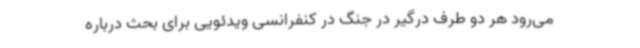
می‌رود هر دو طرف درگیر در جنگ در کنفرانسی ویدئویی برای بحث درباره